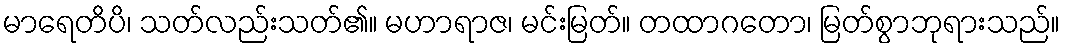
မာရေတိပိ၊ သတ်လည်းသတ်၏။ မဟာရာဇ၊ မင်းမြတ်။ တထာဂတော၊ မြတ်စွာဘုရားသည်။